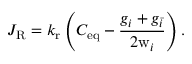
J _ { \mathrm { R } } = k _ { \mathrm { r } } \left( C _ { \mathrm { e q } } - \frac { g _ { i } + g _ { \bar { i } } } { 2 \mathrm { w } _ { i } } \right) .